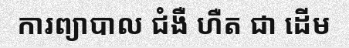
ការព្យាបាល ជំងឺ ហឺត ជា ដើម